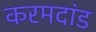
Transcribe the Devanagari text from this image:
करमदांड